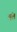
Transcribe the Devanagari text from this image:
मंल